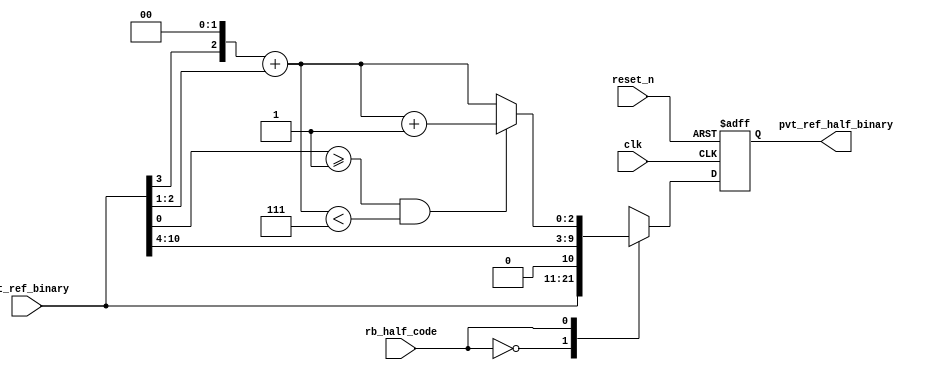
// This program was cloned from: https://github.com/intel/aib-phy-hardware
// License: Apache License 2.0

// SPDX-License-Identifier: Apache-2.0
// Copyright (C) 2019 Intel Corporation. All rights reserved
//------------------------------------------------------------------------
// Copyright (c) 2012 Altera Corporation. All rights reserved.
//
// reproduce without proper written authorization. A copyright
// notice must be reproduced on all authorized copies. Please destroy all
// copies immediately upon receipt if you have not received such
// authorization.
//------------------------------------------------------------------------
// Revision:    Revision: #1
//------------------------------------------------------------------------
// Description: half cycle delay code generation logics
//------------------------------------------------------------------------

//------------------------------------------------------------------------
// To be considered :
// 1. any potential glitch between code switching?
//------------------------------------------------------------------------

`timescale 1ps/1ps
module aibcr3pnr_half_cycle_code_gen 
#(
parameter FF_DELAY     = 200
)
(
   input  wire          clk,                     //reference clock from pll
   input  wire          reset_n,                 //output for dll reset
   input  wire  [10:0]  pvt_ref_binary,          //output binary pvt value for delay chain; changed from [9:0] to [10:0]
   input  wire          rb_half_code,   	 //select between original or half cycle codes
   output reg   [10:0]  pvt_ref_half_binary 	 //half cycle code (binary) for delay chain; change from [9:0] to [10:0]
);

`ifdef TIMESCALE_EN
  timeunit 1ps;
  timeprecision 1ps;
`endif

wire [7:0]  coarse_bin;                           // change from [6:0] to [7:0]
wire [2:0]  fint_bin, fint_bin_inc;
wire [2:0]  fine_bin;
wire [8:0]  coarse_divided_bin;                   // change from [7:0] to [8:0]
wire [3:0]  fine_divided_bin, coarse_frac_bin;

                        assign  coarse_divided_bin[8:0] = {1'b0,pvt_ref_binary[10:3]}; // changed from pvt_ref_binary[9:3] to [10:3]
                        assign  fine_divided_bin[3:0] = {1'b0,pvt_ref_binary[2:0]};
                        assign  coarse_frac_bin[3:0] = {coarse_divided_bin[0],3'b000};
                        assign  fint_bin[2:0] = coarse_frac_bin[3:1] + fine_divided_bin[3:1];
                        assign  fint_bin_inc[2:0] = ((fine_divided_bin[0] >= 1'd1) && (fint_bin < 3'd7)) ? fint_bin[2:0] + 3'b001 : fint_bin[2:0];

        assign coarse_bin = coarse_divided_bin[8:1]; // change from [7:1] to [8:1]
        assign fine_bin = fint_bin_inc;

        always @(posedge clk or negedge reset_n)
                begin
                        if(~reset_n) begin
				pvt_ref_half_binary <= #FF_DELAY 11'b000_0000_0000;
			end
			else case (rb_half_code)
				1'b0 : pvt_ref_half_binary <= #FF_DELAY pvt_ref_binary;
				1'b1 : pvt_ref_half_binary <= #FF_DELAY {coarse_bin,fine_bin};
				default : pvt_ref_half_binary <= #FF_DELAY {coarse_bin,fine_bin};
			endcase
		end 

endmodule // aibcr3pnr_half_cycle_code_gen